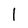
Character: l